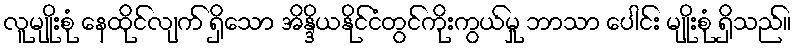
လူမျိုးစုံ နေထိုင်လျက် ရှိသော အိန္ဒိယနိုင်ငံတွင်ကိုးကွယ်မှု ဘာသာ ပေါင်း မျိုးစုံ ရှိသည်။